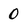
Character: 0